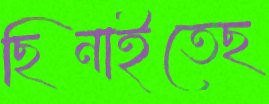
ছিনাইতেছ